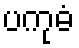
ပကုဓံ